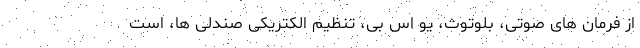
از فرمان های صوتی، بلوتوث، یو اس بی، تنظیم الکتریکی صندلی ها، است